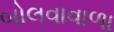
બોલવાવાળા